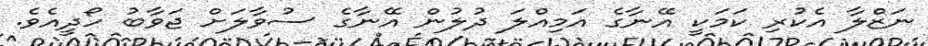
ނަޒްލާ އެކުރި ކަމަކީ އޭނާގެ އަމިއްލަ ދުލުން އޭނާގެ ސުވާލަށް ޖަވާބު ހޯދީއެވެ.